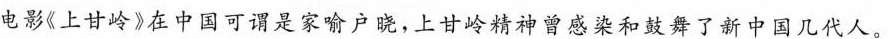
电影《上甘岭》在中国可谓是家喻户晓，上甘岭精神曾感染和鼓舞了新中国几代人。